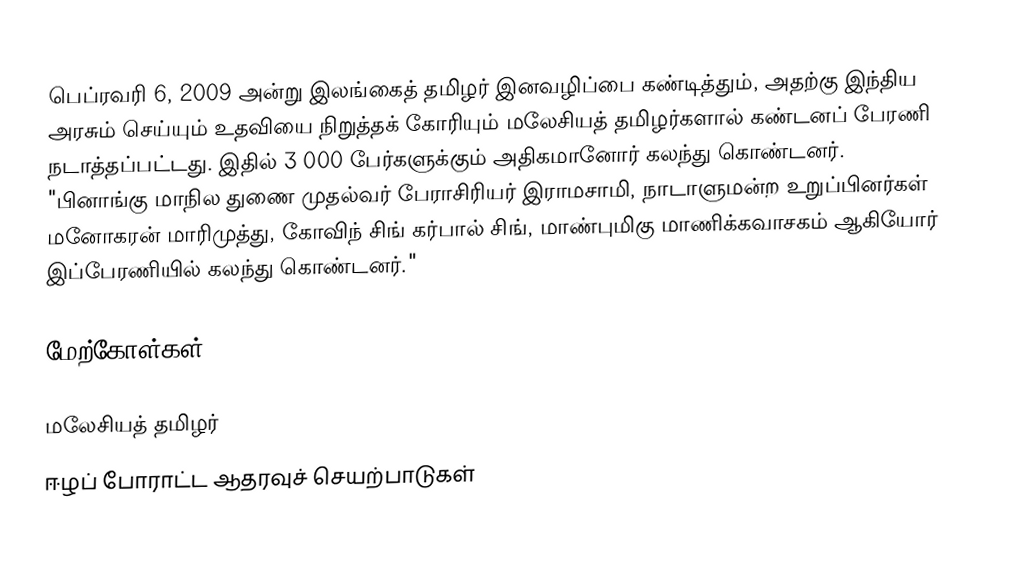
பெப்ரவரி 6, 2009 அன்று இலங்கைத் தமிழர் இனவழிப்பை கண்டித்தும், அதற்கு இந்திய அரசும் செய்யும் உதவியை நிறுத்தக் கோரியும் மலேசியத் தமிழர்களால் கண்டனப் பேரணி நடாத்தப்பட்டது.  இதில் 3 000 பேர்களுக்கும் அதிகமானோர் கலந்து கொண்டனர்.  "பினாங்கு மாநில துணை முதல்வர் பேராசிரியர் இராமசாமி, நாடாளுமன்ற உறுப்பினர்கள் மனோகரன் மாரிமுத்து, கோவிந் சிங் கர்பால் சிங், மாண்புமிகு மாணிக்கவாசகம் ஆகியோர் இப்பேரணியில் கலந்து கொண்டனர்."

மேற்கோள்கள்

மலேசியத் தமிழர்
ஈழப் போராட்ட ஆதரவுச் செயற்பாடுகள்